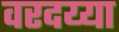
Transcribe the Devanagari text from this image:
वरदय्या